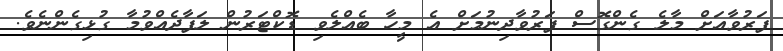
ފަރުވާއަށް މާލެ ގެންގޮސް ފަރުވާދިނުމަށް އެ މީހާ ބެއްލެވި ޑޮކްޓަރުން ލަފާދެއްވުމާ ގުޅިގެންނެވެ.